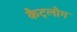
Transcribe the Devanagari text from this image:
कैट्लौग